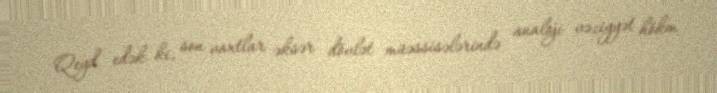
Qeyd edək ki, son vaxtlar əksər dövlət müəssisələrində analoji vəziyyət hökm